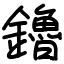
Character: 鑥